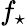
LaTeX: f_{\star}